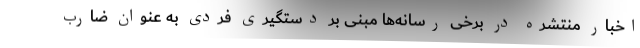
اخبار منتشره در برخی رسانه‌ها مبنی بر دستگیری فردی به عنوان ضارب